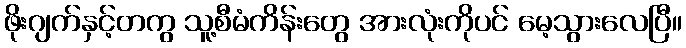
ဖိုးဂျက်နှင့်တကွ သူ့စီမံကိန်းတွေ အားလုံးကိုပင် မေ့သွားလေပြီ။